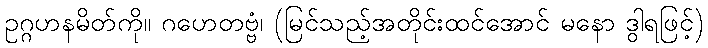
ဥဂ္ဂဟနမိတ်ကို။ ဂဟေတဗ္ဗံ၊ (မြင်သည့်အတိုင်းထင်အောင် မနော ဒွါရဖြင့်)